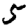
Digit: 5